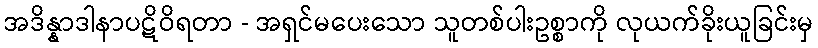
အဒိန္နာဒါနာပဋိဝိရတာ - အရှင်မပေးသော သူတစ်ပါးဥစ္စာကို လုယက်ခိုးယူခြင်းမှ